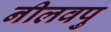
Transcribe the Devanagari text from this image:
नीलवपु